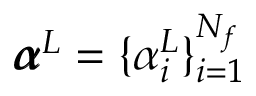
\pmb { \alpha } ^ { L } = \{ \alpha _ { i } ^ { L } \} _ { i = 1 } ^ { N _ { f } }